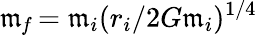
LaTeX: \mathfrak{m}_{\mathit{f}}=\mathfrak{m}_{i}(r_{i}/2G\mathfrak{m}_{i})^{1/4}